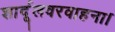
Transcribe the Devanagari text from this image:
शार्दूलवरवाहना।